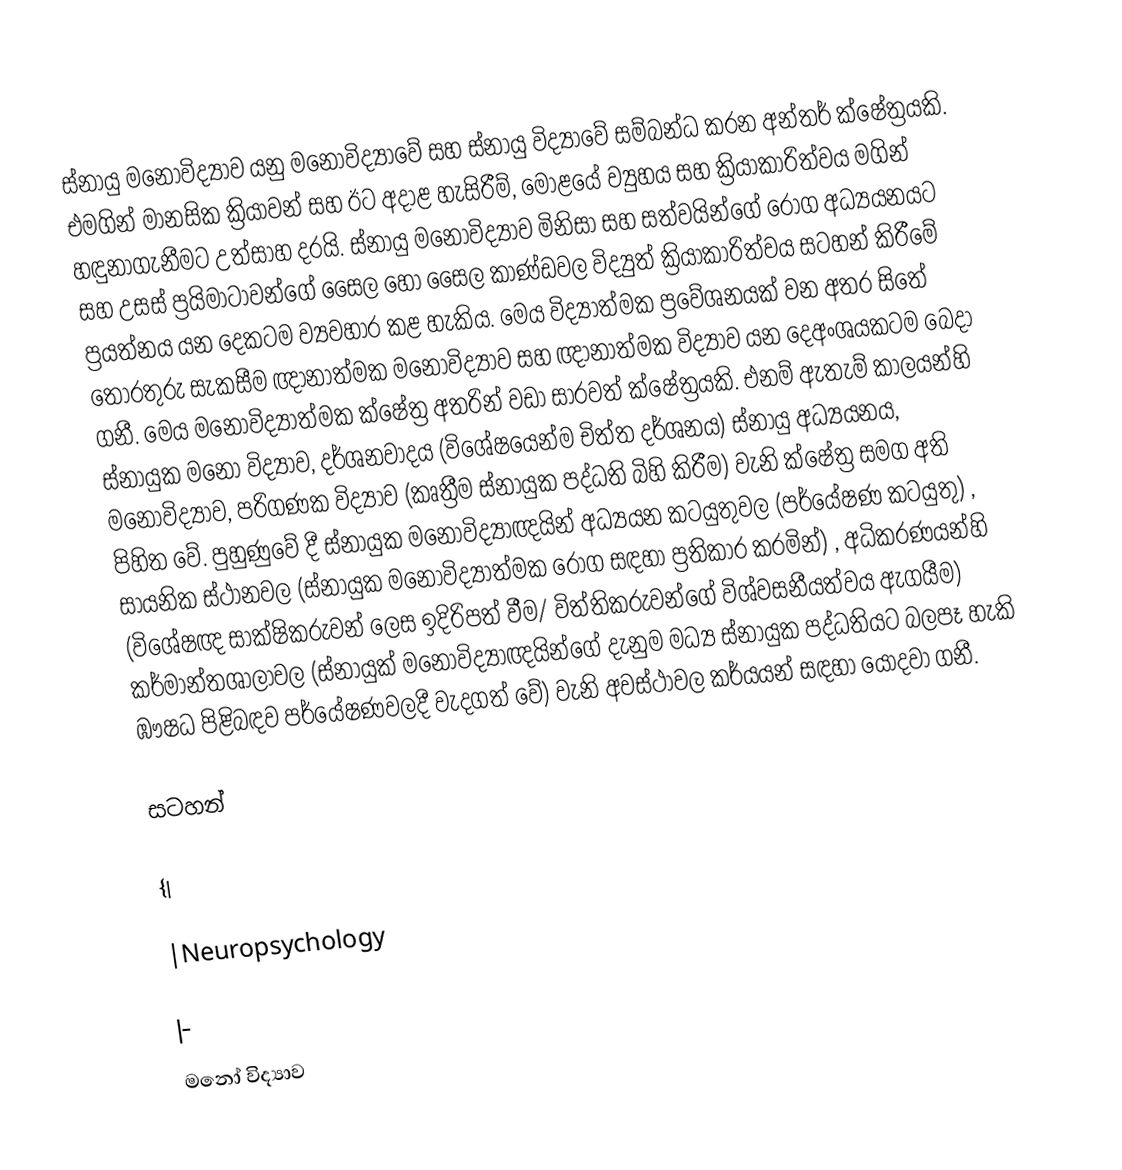
ස්නායු මනෝවිද්‍යාව යනු මනෝවිද්‍යාවේ සහ ස්නායු විද්‍යාවේ සම්බන්ධ කරන අන්තර් ක්ෂේත්‍රයකි. එමගින් මානසික ක්‍රියාවන් සහ ඊට අදාළ හැසිරීම්, මොළයේ ව්‍යුහය සහ ක්‍රියාකාරිත්වය මගින් හඳුනාගැනීමට උත්සාහ දරයි. ස්නායු මනෝවිද්‍යාව මිනිසා සහ සත්වයින්ගේ රෝග අධ්‍යයනයට සහ උසස් ප්‍රයිමාටාවන්ගේ සෛල හෝ සෛල කාණ්ඩවල විද්‍යුත් ක්‍රියාකාරිත්වය සටහන් කිරීමේ ප්‍රයත්නය යන දෙකටම ව්‍යවහාර කළ හැකිය. මෙය විද්‍යාත්මක ප්‍රවේශනයක් වන අතර සිතේ තොරතුරු සැකසීම ඥානාත්මක මනෝවිද්‍යාව සහ ඥානාත්මක විද්‍යාව යන දෙඅංශයකටම බෙදා ගනී. මෙය මනෝවිද්‍යාත්මක ක්ෂේත්‍ර අතරින් වඩා සාරවත් ක්ෂේත්‍රයකි. එනම් ඇතැම් කාලයන්හි ස්නායුක මනෝ විද්‍යාව, දර්ශනවාදය (විශේෂයෙන්ම චිත්ත දර්ශනය) ස්නායු අධ්‍යයනය, මනෝවිද්‍යාව, පරිගණක විද්‍යාව (කෘත්‍රීම ස්නායුක පද්ධති බිහි කිරීම) වැනි ක්ෂේත්‍ර සමග අති පිහිත වේ. පුහුණුවේ දී ස්නායුක මනෝවිද්‍යාඥයින් අධ්‍යයන කටයුතුවල (පර්යේෂණ කටයුතු) , සායනික ස්ථානවල (ස්නායුක මනෝවිද්‍යාත්මක රෝග සඳහා ප්‍රතිකාර කරමින්) , අධිකරණයන්හි (විශේෂඥ සාක්ෂිකරුවන් ලෙස ඉදිරිපත් වීම/ විත්තිකරුවන්ගේ විශ්වසනීයත්වය ඇගයීම) කර්මාන්තශාලාවල (ස්නායුක් මනෝවිද්‍යාඥයින්ගේ දැනුම මධ්‍ය ස්නායුක පද්ධතියට බලපෑ හැකි ඹෟෂධ පිළිබඳව පර්යේෂණවලදී වැදගත් වේ) වැනි අවස්ථාවල කර්යයන් සඳහා යොදවා ගනී.

සටහන්

{|

|Neuropsychology

|-
මනෝ විද්‍යාව